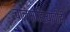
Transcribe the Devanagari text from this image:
बालसाहित्याचीही